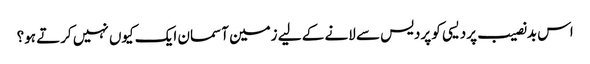
اس بدنصیب پردیسی کو پردیس سے لانے کے لیے زمین آسمان ایک کیوں نہیں کرتے ہو؟